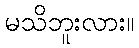
မသိဘူးလား။